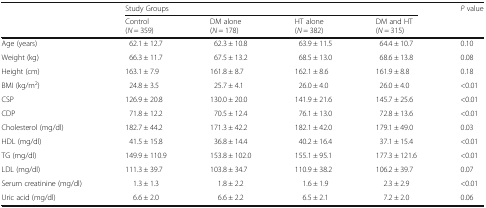
| <ROWSPAN=2>  | <COLSPAN=4> Study Groups | <ROWSPAN=2> P value |
 | Control(N = 359) | DM alone(N = 178) | HT alone(N = 382) | DM and HT(N = 315) |
 | --- | --- | --- | --- | --- | --- |
 | Age (years) | 62.1 ± 12.7 | 62.3 ± 10.8 | 63.9 ± 11.5 | 64.4 ± 10.7 | 0.10 |
 | Weight (kg) | 66.3 ± 11.7 | 67.5 ± 13.2 | 68.5 ± 13.0 | 68.6 ± 13.8 | 0.08 |
 | Height (cm) | 163.1 ± 7.9 | 161.8 ± 8.7 | 162.1 ± 8.6 | 161.9 ± 8.8 | 0.18 |
 | BMI (kg/m2) | 24.8 ± 3.5 | 25.7 ± 4.1 | 26.0 ± 4.0 | 26.0 ± 4.0 | <0.01 |
 | CSP | 126.9 ± 20.8 | 130.0 ± 20.0 | 141.9 ± 21.6 | 145.7 ± 25.6 | <0.01 |
 | CDP | 71.8 ± 12.2 | 70.5 ± 12.4 | 76.1 ± 13.0 | 72.8 ± 13.6 | <0.01 |
 | Cholesterol (mg/dl) | 182.7 ± 44.2 | 171.3 ± 42.2 | 182.1 ± 42.0 | 179.1 ± 49.0 | 0.03 |
 | HDL (mg/dl) | 41.5 ± 15.8 | 36.8 ± 14.4 | 40.2 ± 16.4 | 37.1 ± 15.4 | <0.01 |
 | TG (mg/dl) | 149.9 ± 110.9 | 153.8 ± 102.0 | 155.1 ± 95.1 | 177.3 ± 121.6 | <0.01 |
 | LDL (mg/dl) | 111.3 ± 39.7 | 103.8 ± 34.7 | 110.9 ± 38.2 | 106.2 ± 39.7 | 0.07 |
 | Serum creatinine (mg/dl) | 1.3 ± 1.3 | 1.8 ± 2.2 | 1.6 ± 1.9 | 2.3 ± 2.9 | <0.01 |
 | Uric acid (mg/dl) | 6.6 ± 2.0 | 6.6 ± 2.2 | 6.5 ± 2.1 | 7.2 ± 2.0 | 0.06 |